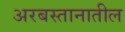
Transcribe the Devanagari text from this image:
अरबस्तानातील